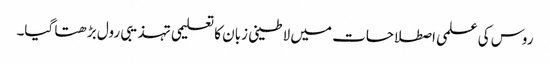
روس کی علمی اصطلاحات میں لاطینی زبان کا تعلیمی تہذیبی رول بڑھتا گیا۔